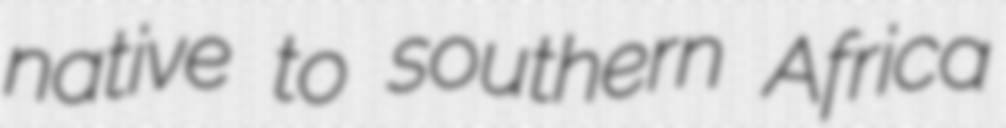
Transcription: native to southern Africa